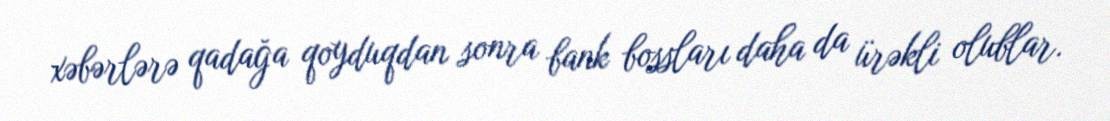
xəbərlərə qadağa qoyduqdan sonra bank bossları daha da ürəkli olublar.